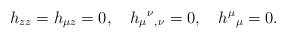
LaTeX: \begin{align*}h_{zz}=h_{\mu z}=0, \quad h_{\mu}{}^{\nu}{}_{,\nu}=0, \quad h^{\mu}{}_{\mu}=0.\end{align*}